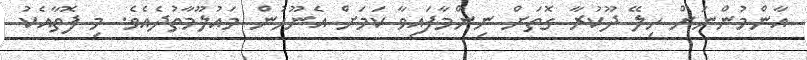
އާންމުންނަށް ހިލޭ ދޫކުރާ ގޮތަށް ނިންމާފައިވާ ކަމަށް އެނޫހުން މައުލޫމާތުދެއެވެ. މި ފޮތާއެކު